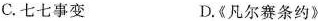
C.七七事变 D.《凡尔赛条约》